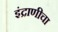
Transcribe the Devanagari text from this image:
इंद्राणीचा